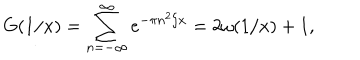
G ( 1 / x ) = \sum _ { n = - \infty } ^ { \infty } e ^ { - \pi n ^ { 2 } / x } = 2 \omega ( 1 / x ) + 1 ,